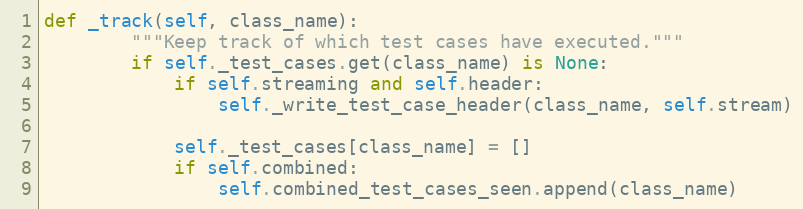
Language: Python
def _track(self, class_name):
        """Keep track of which test cases have executed."""
        if self._test_cases.get(class_name) is None:
            if self.streaming and self.header:
                self._write_test_case_header(class_name, self.stream)

            self._test_cases[class_name] = []
            if self.combined:
                self.combined_test_cases_seen.append(class_name)